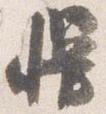
幔